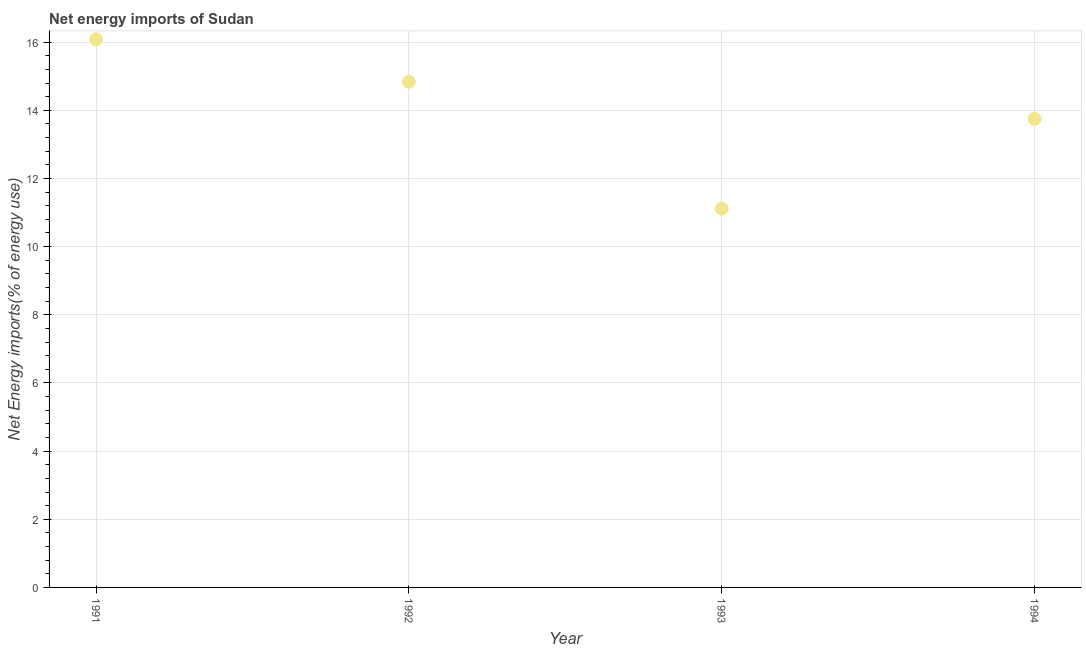
| Year | Energy imports |
 | --- | --- |
 | 1991 | 16.1 |
 | 1992 | 14.8 |
 | 1993 | 11.1 |
 | 1994 | 13.8 |